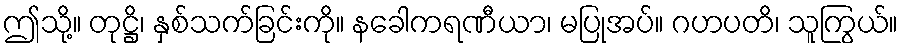
ဤသို့။ တုဋ္ဌိ၊ နှစ်သက်ခြင်းကို။ နခေါကရဏီယာ၊ မပြုအပ်။ ဂဟပတိ၊ သူကြွယ်။